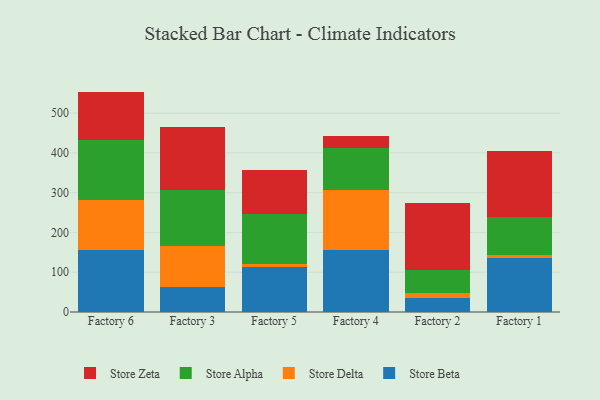
{"axis": {"x": "Factory", "y": "Shipments"}, "legend": ["Store Alpha", "Store Beta", "Store Delta", "Store Zeta"], "data": [{"x": "Factory 6", "y": 156.0, "type": "Store Beta"}, {"x": "Factory 6", "y": 126.6, "type": "Store Delta"}, {"x": "Factory 6", "y": 149.0, "type": "Store Alpha"}, {"x": "Factory 6", "y": 122.4, "type": "Store Zeta"}, {"x": "Factory 3", "y": 63.7, "type": "Store Beta"}, {"x": "Factory 3", "y": 103.2, "type": "Store Delta"}, {"x": "Factory 3", "y": 138.6, "type": "Store Alpha"}, {"x": "Factory 3", "y": 159.5, "type": "Store Zeta"}, {"x": "Factory 5", "y": 112.7, "type": "Store Beta"}, {"x": "Factory 5", "y": 8.6, "type": "Store Delta"}, {"x": "Factory 5", "y": 126.3, "type": "Store Alpha"}, {"x": "Factory 5", "y": 110.4, "type": "Store Zeta"}, {"x": "Factory 4", "y": 155.6, "type": "Store Beta"}, {"x": "Factory 4", "y": 151.5, "type": "Store Delta"}, {"x": "Factory 4", "y": 103.9, "type": "Store Alpha"}, {"x": "Factory 4", "y": 31.5, "type": "Store Zeta"}, {"x": "Factory 2", "y": 35.3, "type": "Store Beta"}, {"x": "Factory 2", "y": 11.3, "type": "Store Delta"}, {"x": "Factory 2", "y": 58.8, "type": "Store Alpha"}, {"x": "Factory 2", "y": 168.4, "type": "Store Zeta"}, {"x": "Factory 1", "y": 135.8, "type": "Store Beta"}, {"x": "Factory 1", "y": 7.4, "type": "Store Delta"}, {"x": "Factory 1", "y": 94.5, "type": "Store Alpha"}, {"x": "Factory 1", "y": 167.7, "type": "Store Zeta"}]}